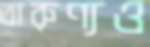
তারুণ্যও